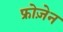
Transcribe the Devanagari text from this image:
फ्रोज़ेन